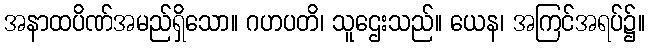
အနာထပိဏ်အမည်ရှိသော။ ဂဟပတိ၊ သူဌေးသည်။ ယေန၊ အကြင်အရပ်၌။